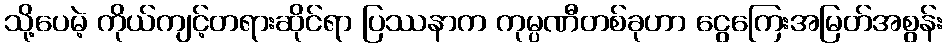
သို့ပေမဲ့ ကိုယ်ကျင့်တရားဆိုင်ရာ ပြဿနာက ကုမ္ပဏီတစ်ခုဟာ ငွေကြေးအမြတ်အစွန်း